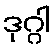
ဒုဂ္ဂါ